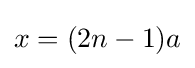
x=(2n-1)a